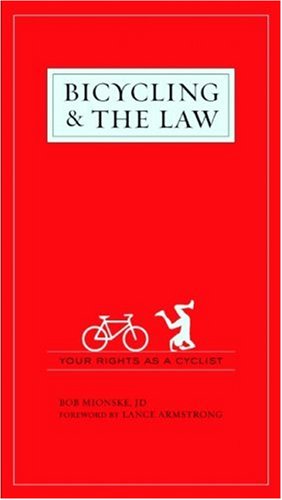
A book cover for Bicycling and the Law: Your Rights as a Cyclist; Bob Mionske; Law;